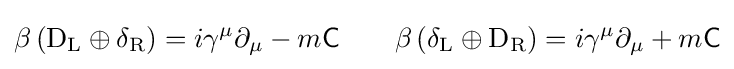
\beta \left(\mathrm {D} _{\rm {L}}\oplus \delta _{\rm {R}}\right)=i\gamma ^{\mu }\partial _{\mu }-m{\mathsf {C}}\qquad \beta \left(\delta _{\rm {L}}\oplus \mathrm {D} _{\rm {R}}\right)=i\gamma ^{\mu }\partial _{\mu }+m{\mathsf {C}}